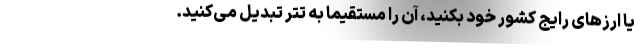
یا ارزهای رایج کشور خود بکنید، آن را مستقیما به تتر تبدیل می‌کنید.